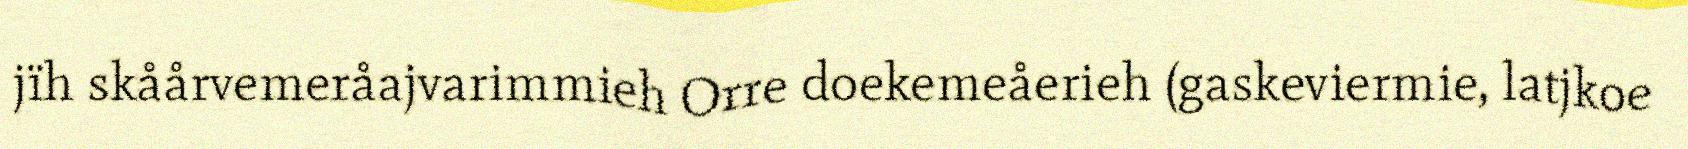
jïh skåårvemeråajvarimmieh Orre doekemeåerieh (gaskeviermie, latjkoe